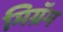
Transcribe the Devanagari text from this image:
मिग्रॅम